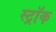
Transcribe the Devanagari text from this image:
स्ट्रॉक